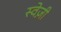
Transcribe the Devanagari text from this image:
स्वेज़ी